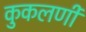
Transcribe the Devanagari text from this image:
कुकलर्णी